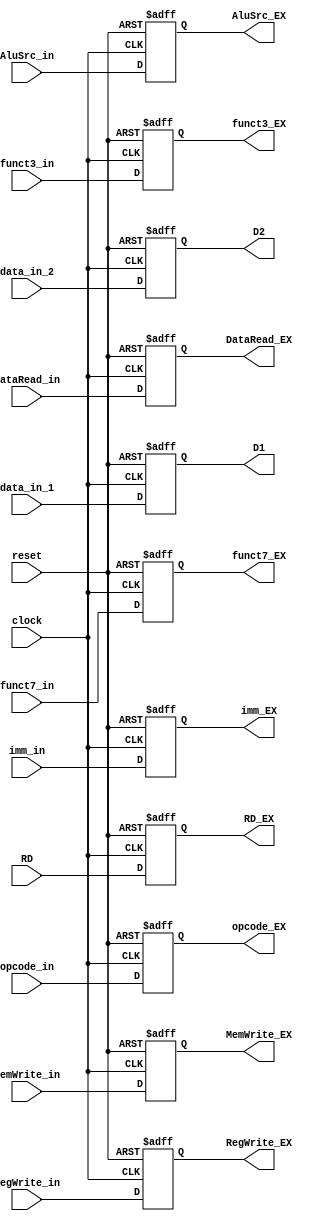
// Connor Noddin
// ECE 473
// ID_EX Block
// 10/07/2023

module ID_EX(
	input wire clock,
	input wire reset,
	input wire [31:0] data_in_1,
	input wire [31:0] data_in_2,
	input wire [4:0] RD, 
	input wire [31:0] imm_in,
	input wire AluSrc_in,
	input wire DataRead_in,
	input wire MemWrite_in,
	input wire RegWrite_in,
	input wire [6:0] opcode_in,
	input wire [2:0] funct3_in,
	input wire [6:0] funct7_in,
	output reg AluSrc_EX,
	output reg [31:0] D1,
	output reg [31:0] D2,
	output reg [4:0] RD_EX,
	output reg [31:0] imm_EX,
	output reg DataRead_EX,
	output reg MemWrite_EX,
	output reg RegWrite_EX,
	output reg [6:0] opcode_EX,
	output reg [2:0] funct3_EX,
	output reg [6:0] funct7_EX);
	
	// Write data on positive edge or reset
	always @(posedge clock or posedge reset) begin
		if(reset == 1'b1) begin
			D1 <= 32'd0;
			D2 <= 32'd0;
			RD_EX <= 5'd0;
			AluSrc_EX <= 1'd0;
			imm_EX <= 32'd0;
			DataRead_EX <= 1'd0;
			MemWrite_EX <= 1'd0;
			RegWrite_EX <= 1'd0;
			opcode_EX <= 7'd0;
			funct3_EX <= 3'd0;
			funct7_EX <= 7'd0;
		end else begin
			D1 <= data_in_1;
			D2 <= data_in_2;
			RD_EX <= RD;
			AluSrc_EX <= AluSrc_in;
			imm_EX <= imm_in;
			DataRead_EX <= DataRead_in;
			MemWrite_EX <= MemWrite_in;
			RegWrite_EX <= RegWrite_in;
			opcode_EX <= opcode_in;
			funct3_EX <= funct3_in;
			funct7_EX <= funct7_in;
		end
	end
	
endmodule